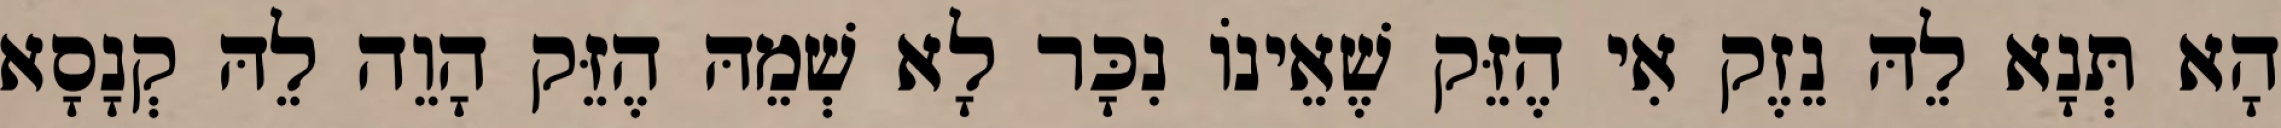
הָא תְּנָא לֵהּ נֵזֶק אִי הֶזֵּק שֶׁאֵינוֹ נִכָּר לָא שְׁמֵהּ הֶזֵּק הָוֵה לֵהּ קְנָסָא